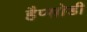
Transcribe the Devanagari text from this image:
हैप्सोडी